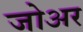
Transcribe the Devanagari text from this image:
जोअर